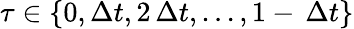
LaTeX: \tau\in\{ 0,\Delta t,2\, \Delta t,...,1-\, \Delta t\}